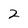
Character: 2